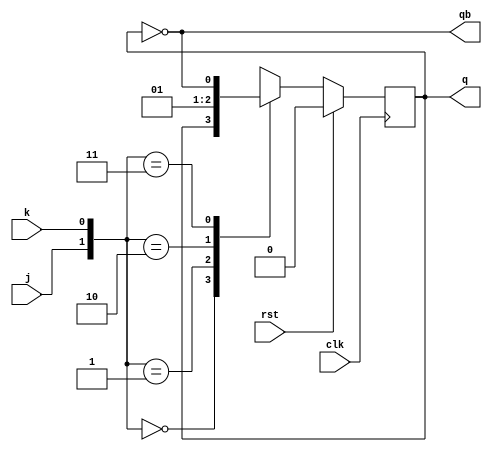
module jkff(clk,rst,j,k,q,qb);
input clk,rst,j,k;
output reg q;
output qb;
parameter MEMORY = 2'b00;
parameter SET = 2'b10;
parameter RESET = 2'b01;
parameter TOGGLE = 2'b11;
always @(posedge clk)
begin
if (rst)
q <= 1'b0;
else
begin
case({j,k})
MEMORY : q <= q;
RESET : q <= 1'b0;
SET : q <= 1'b1;
TOGGLE : q <= ~q;
default : q <= 1'b0;
endcase
end
end
assign qb = ~q;
endmodule